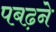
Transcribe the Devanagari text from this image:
पबढ़ने